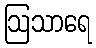
ဩသာရေ